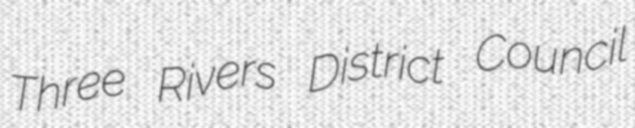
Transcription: Three Rivers District Council